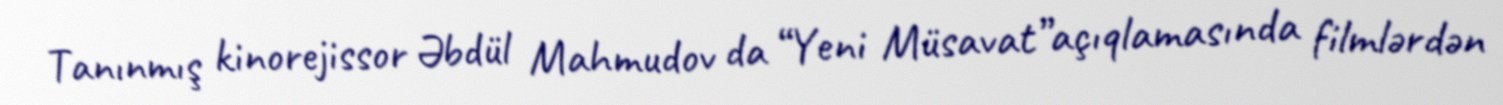
Tanınmış kinorejissor Əbdül Mahmudov da “Yeni Müsavat”açıqlamasında filmlərdən